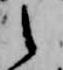
之